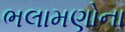
ભલામણોના